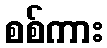
စစ်ကား